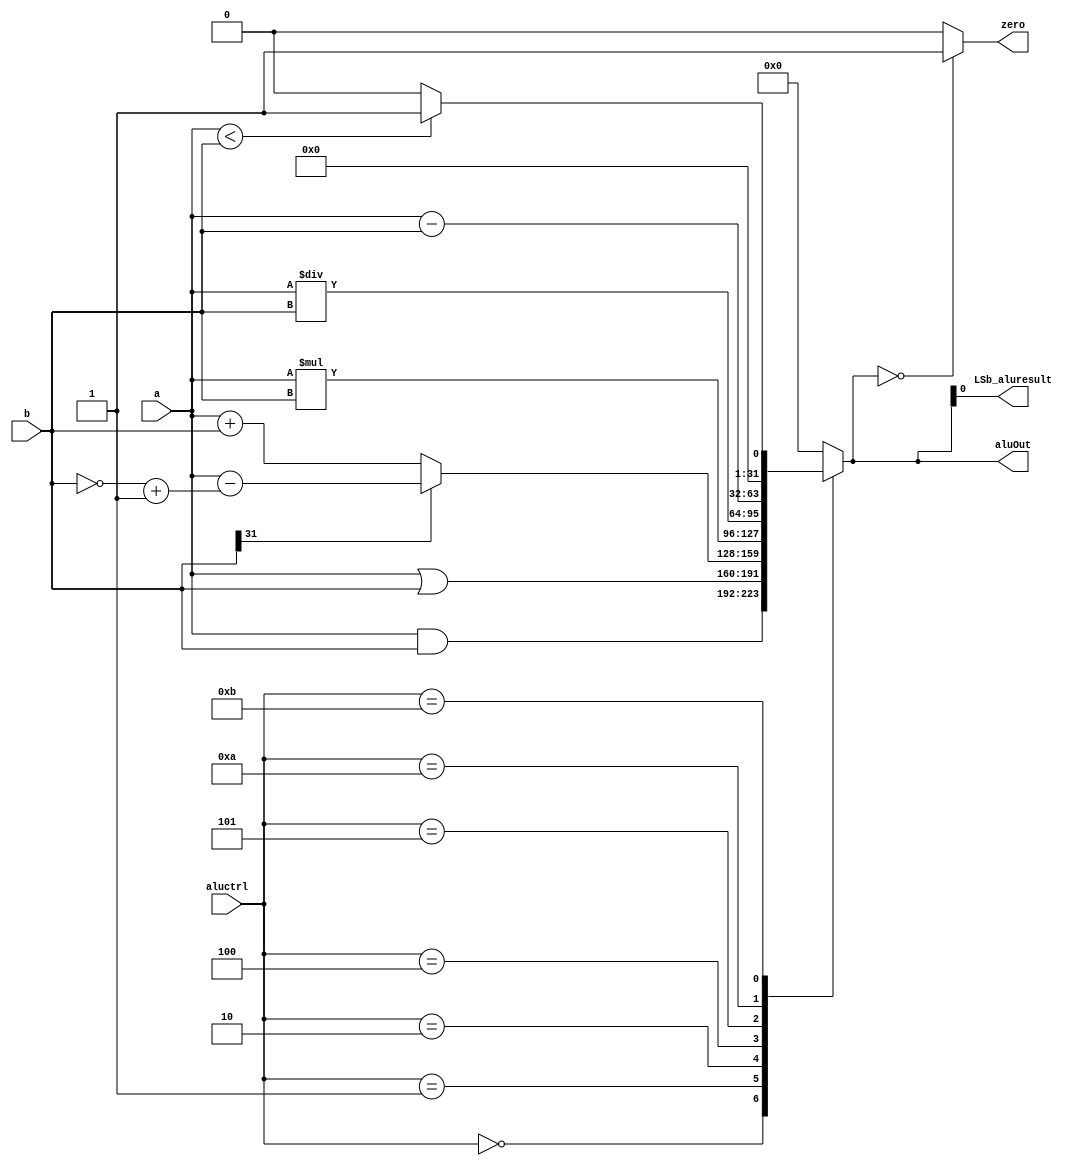
module Falu(a, b, aluctrl,  aluOut, zero, LSb_aluresult);
   input  [31:0] a, b;
   input  [3:0] aluctrl;
   output[31:0] aluOut;
   output zero, LSb_aluresult;
   reg[31:0] aluOut;
   assign zero = (aluOut==0) ? 1 : 0;
   assign LSb_aluresult = aluOut[0];
   always @(aluctrl or a or b)
      casex (aluctrl)
         0: aluOut <= a & b;
         1: aluOut <= a | b;
         2: aluOut <= OUT(a, b);
         4: aluOut <= a * b;
         5: aluOut <= a / b;
         10: aluOut <= a - b;
         11: aluOut <= (a < b) ? 1:0;
         default: aluOut<=0;
      endcase

      /* Function to signed operation*/
      function [31:0] OUT;
          input [31:0] a, b;
          begin
          casex(b[31])
              1'b1:   begin
                      b = ~b;
                      b = b + 1'b1;
                      OUT = a - b;
                      end
              default: OUT = a + b;
          endcase
          end
      endfunction
endmodule